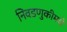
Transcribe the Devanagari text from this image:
निवडणुकीमधे